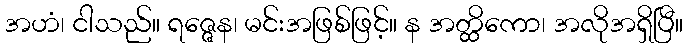
အဟံ၊ ငါသည်။ ရဇ္ဇေန၊ မင်းအဖြစ်ဖြင့်။ န အတ္ထိကော၊ အလိုအရှိပြီ။